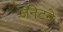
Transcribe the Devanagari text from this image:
जॅनेटने